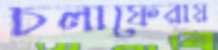
চলাফেরায়